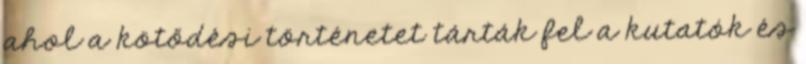
ahol a kötődési történetet tárták fel a kutatók és